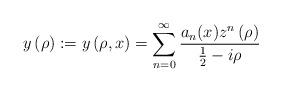
LaTeX: \begin{align*}y\left( \rho\right) :=y\left( \rho,x\right) =\sum_{n=0}^{\infty}\frac{a_{n}(x)z^{n}\left( \rho\right) }{\frac{1}{2}-i\rho} \end{align*}